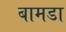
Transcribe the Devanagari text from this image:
बामडा